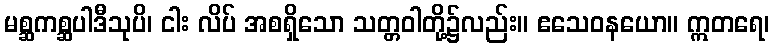
မစ္ဆကစ္ဆပါဒီသုပိ၊ ငါး လိပ် အစရှိသော သတ္တဝါတို့၌လည်း။ ဧသေဝနယော။ ဣတရေ၊